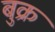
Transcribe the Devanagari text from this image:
बुक्र